Report of the Indian Hemp Drugs Commission, 1894-1895 - Volume VI
Year: 1894
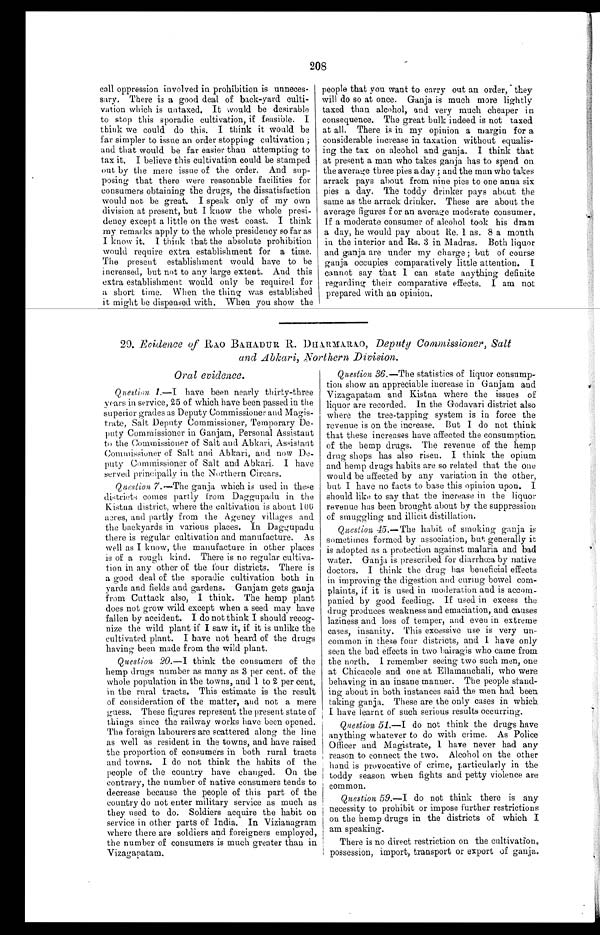
208
call oppression involved in prohibition is unneces-
sary. There is a good deal of back-yard culti-
vation which is untaxed. It would be desirable
to stop this sporadic cultivation, if feasible. I
think we could do this. I think it would be
far simpler to issue an order stopping cultivation;
and that would be far easier than attempting to
tax it. I believe this cultivation could be stamped
out by the mere issue of the order. And sup-
posing that there were reasonable facilities for
consumers obtaining the drugs, the dissatisfaction
would not be great. I speak only of my own
division at present, but I know the whole presi-
dency except a little on the west coast. I think
my remarks apply to the whole presidency so far as
I know it. I think that the absolute prohibition
would require extra establishment for a time.
The present establishment would have to be
increased, but not to any large extent. And this
extra establishment would only be required for
a short time. When the thing was established
it might be dispensed with. When you show the
people that you want to carry out an order, they
will do so at once. Ganja is much more lightly
taxed than alcohol, and very much cheaper in
consequence. The great bulk indeed is not taxed
at all. There is in my opinion a margin for a
considerable increase in taxation without equalis-
ing the tax on alcohol and ganja. I think that
at present a man who takes ganja has to spend on
the average three pies a day; and the man who takes
arrack pays about from nine pies to one anna six
pies a day. The toddy drinker pays about the
same as the arrack drinker. These are about the
average figures for an average moderate consumer.
If a moderate consumer of alcohol took his dram
a day, he would pay about Re. 1 as. 8 a month
in the interior and Rs. 3 in Madras. Both liquor
and ganja are under my charge; but of course
ganja occupies comparatively little attention. I
cannot say that I can state anything definite
regarding their comparative effects. I am not
prepared with an opinion.
29. Evidence of RAO BAHADUR
R. DHARMARAO, Deputy Commissioner, Salt
and Abkari, Northern Division.
Oral evidence.
Question 1.—I have been nearly thirty-three
years in service, 25 of which have been passed in the
superior grades as Deputy Commissioner and Magis-
trate, Salt Deputy Commissioner, Temporary De-
puty Commissioned in Ganjam, Personal Assistant
to the Commissioner of Salt and Abkari, Assistant
Commissioner of Salt and Abkari, and now De-
puty Commissioner of Salt and Abkari. I have
served principally in the Northern Circars.
Question 7 .—The ganja which is used in these
districts comes partly from Daggupadu in the
Kistna district, where the cultivation is about 100
acres, and partly from the Agency villages and
the backyards in various places. In Daggupadu
there is regular cultivation and manufacture. As
well as I know, the manufacture in other places
is of a rough kind. There is no regular cultiva-
tion in any other of the four districts. There is
a good deal of the sporadic cultivation both in
yards and fields and gardens. Ganjam gets ganja
from Cuttack also, I think. The hemp plant
does not grow wild except when a seed may have
fallen by accident. I do not think I should recog-
nize the wild plant if I saw it, if it is unlike the
cultivated plant. I have not heard of the drugs
having been made from the wild plant.
Question 20.—I think the consumers of the
hemp drugs number as many as 3 per cent. of the
whole population in the towns, and 1 to 2 per cent.
in the rural tracts. This estimate is the result
of consideration of the matter, and not a mere
guess. These figures represent the present state of
things since the railway works have been opened.
The foreign labourers are scattered along the line
as well as resident in the towns, and have raised
the proportion of consumers in both rural tracts
and towns. I do not think the habits of the
people of the country have changed. On the
contrary, the number of native consumers tends to
decrease because the people of this part of the
country do not enter military service as much as
they used to do. Soldiers acquire the habit on
service in other parts of India. In Vizianagram
where there are soldiers and foreigners employed,
the number of consumers is much greater than in
Vizagapatam.
Question 36 .—The statistics of liquor consump-
tion show an appreciable increase in Ganjam and
Vizagapatam and Kistna where the issues of
liquor are recorded. In the Godavari district also
where the tree-tapping system is in force the
revenue is on the increase. But I do not think
that these increases have affected the consumption
of the hemp drugs. The revenue of the hemp
drug shops has also risen. I think the opium
and hemp drugs habits are so related that the one
would be affected by any variation in the other,
but I have no facts to base this opinion upon. I
should like to say that the increase in the liquor
revenue has been brought about by the suppression
of smuggling and illicit distillation.
Q uestion 45 .—The habit of smoking ganja is
sometimes formed by association, but generally it
is adopted as a protection against malaria and
b a d w a t e r . G a n j a i s p r e s c r i b e d f o r d i a r r h œ a b y n a t i v e
doctors. I think the drug has beneficial effects
in improving the digestion and curing bowel com-
plaints, if it is used in moderation and is accom-
panied by good feeding. If used in excess the
drug produces weakness and emaciation, and causes
laziness and loss of temper, and even in extreme
cases, insanity. This excessive use is very un-
common in these four districts, and I have only
seen the bad effects in two bairagis who came from
the north. I remember seeing two such men, one
at Chicacole and one at Ellamanchali, who were
behaving in an insane manner. The people stand-
ing about in both instances said the men had been
taking ganja. These are the only cases in which
I have learnt of such serious results occurring.
Question 51.—I do not think the drugs have
anything whatever to do with crime. As Police
Officer and Magistrate, I have never had any
reason to connect the two. Alcohol on the other
hand is provocative of crime, particularly in the
toddy season when fights and petty violence are
common.
Question 59.—I do not think there is any
necessity to prohibit or impose further restrictions
on the hemp drugs in the districts of which I
am speaking.
There is no direct restriction on the cultivation,
possession, import, transport or export of ganja.